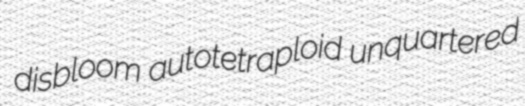
disbloom autotetraploid unquartered